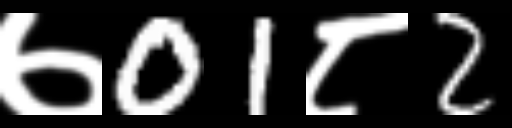
Text: ७01८2